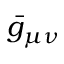
{ \bar { g } } _ { \mu \nu }